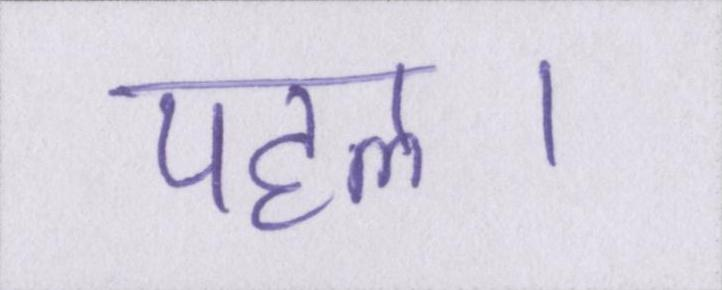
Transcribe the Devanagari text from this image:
पहल।